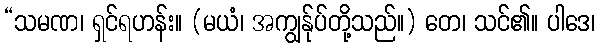
“သမဏ၊ ရှင်ရဟန်း။ (မယံ၊ အကျွန်ုပ်တို့သည်။) တေ၊ သင်၏။ ပါဒေ၊